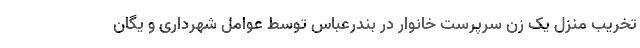
تخریب منزل یک زن سرپرست خانوار در بندرعباس توسط عوامل شهرداری و یگان